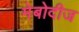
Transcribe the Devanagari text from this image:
मेबोदीज